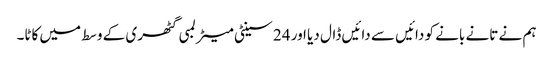
ہم نے تانے بانے کو دائیں سے دائیں ڈال دیا اور 24 سینٹی میٹر لمبی گٹھری کے وسط میں کاٹا۔